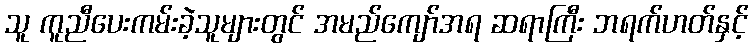
သူ ကူညီပေးကမ်းခဲ့သူများတွင် အမည်ကျော်အရ ဆရာကြီး ဘရက်ဟတ်နှင့်